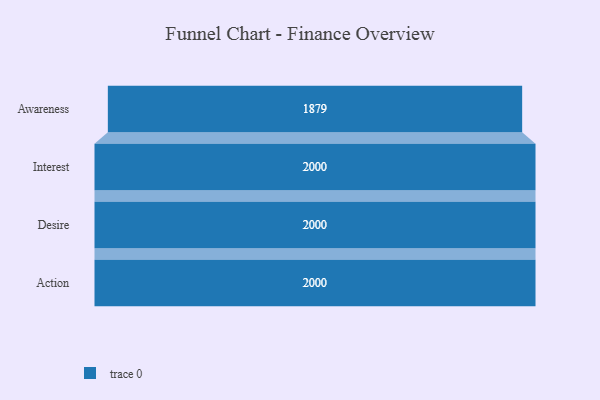
{"axis": {"x": "Stage", "y": "Value"}, "legend": [""], "data": [{"x": "Awareness", "y": 1879.0, "type": ""}, {"x": "Interest", "y": 2000, "type": ""}, {"x": "Desire", "y": 2000, "type": ""}, {"x": "Action", "y": 2000, "type": ""}]}